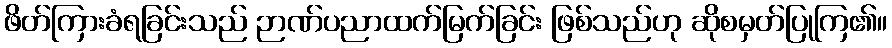
ဖိတ်ကြားခံရခြင်းသည် ဉာဏ်ပညာထက်မြက်ခြင်း ဖြစ်သည်ဟု ဆိုစမှတ်ပြုကြ၏။